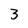
Character: 3